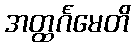
အတ္ထင်္ဂမေတိ